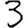
Digit: 3